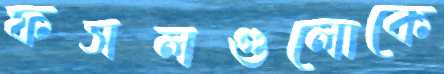
ফসলগুলোকে